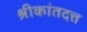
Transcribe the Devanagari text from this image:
श्रीकांतदत्त